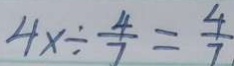
4 x \div \frac { 4 } { 7 } = \frac { 4 } { 7 }